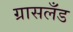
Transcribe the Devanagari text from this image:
ग्रासलँड